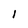
Character: I